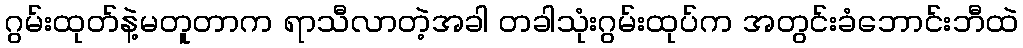
ဂွမ်းထုတ်နဲ့မတူတာက ရာသီလာတဲ့အခါ တခါသုံးဂွမ်းထုပ်က အတွင်းခံဘောင်းဘီထဲ